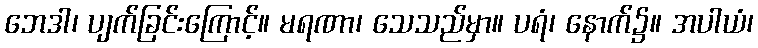
ဘေဒါ၊ ပျက်ခြင်းကြောင့်။ မရဏာ၊ သေသည်မှာ။ ပရံ၊ နောက်၌။ အပါယံ၊